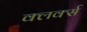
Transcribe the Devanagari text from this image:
क्लर्क्स